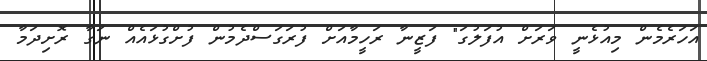
އަހަރެމެން މިއުޅެނީ ވަރަށް އުފަލުގަ" ފަޒީނާ ރަހީމާއަށް ފުރަގަސްދެމުން ފުށްގުޅައެއް ނަގާ ރޮށިދަމާ